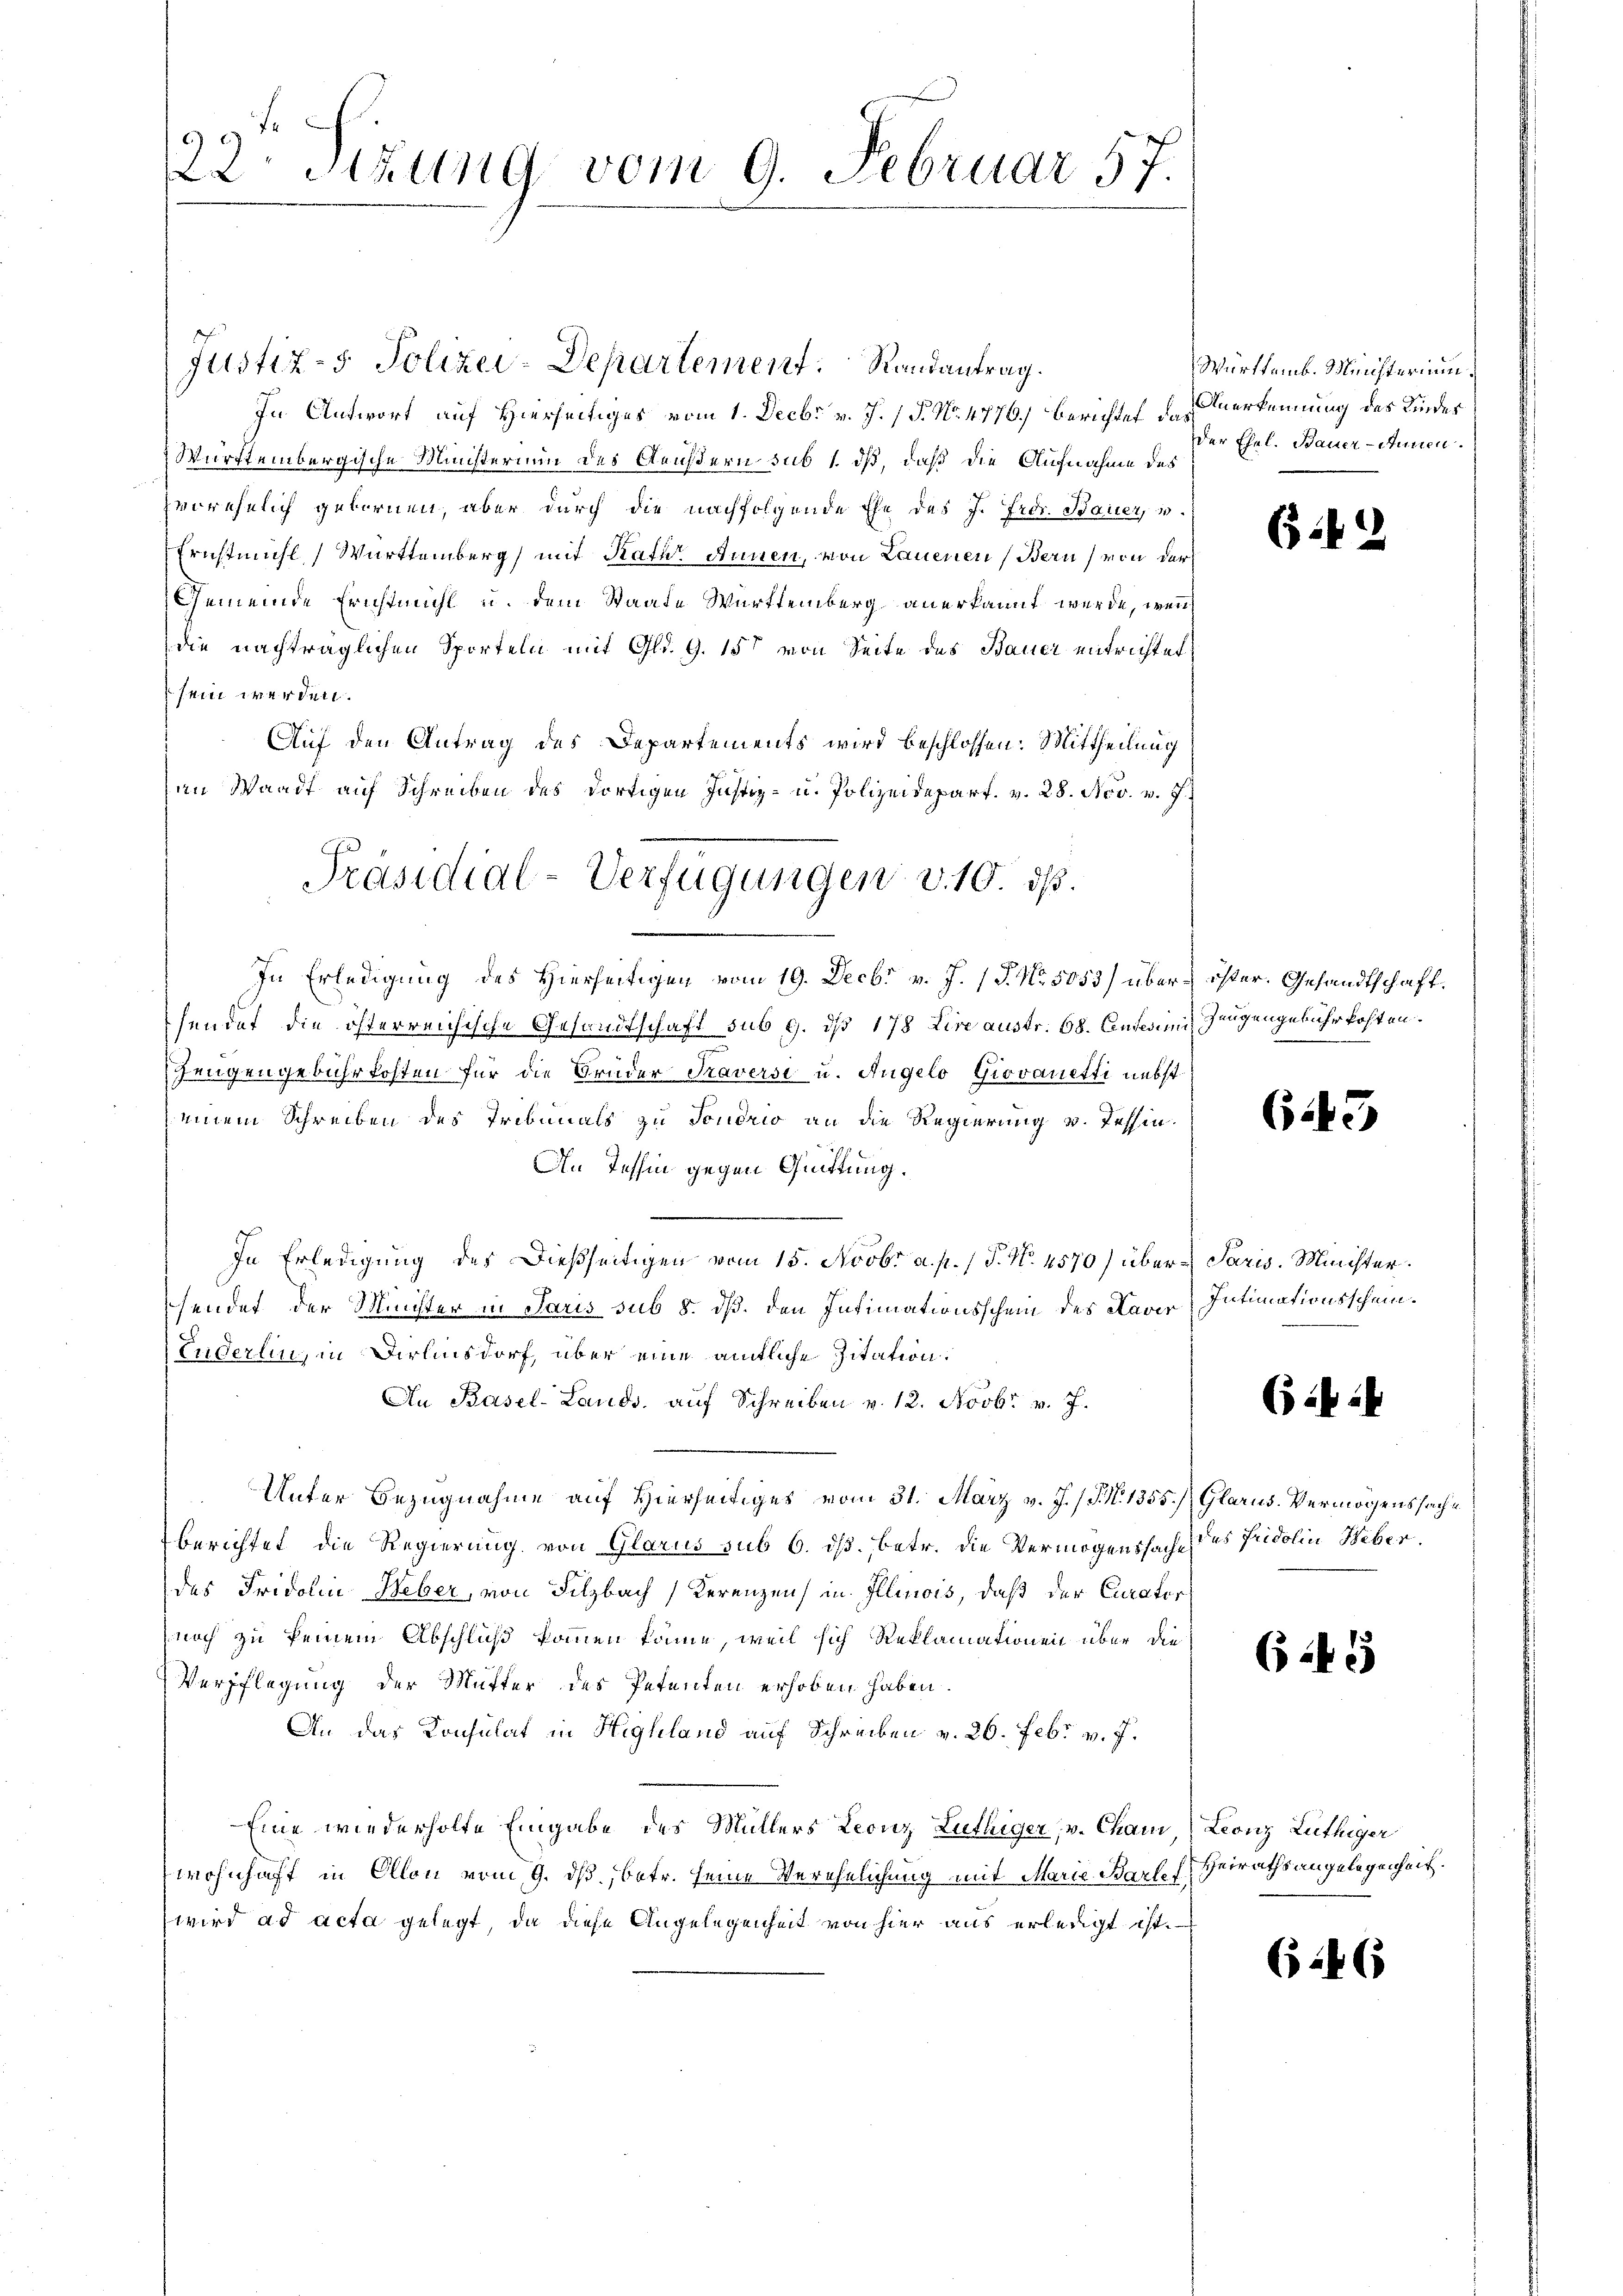
22 etzung vom 9. Februar 57.

In Antwort auf Hierseitiges vom 1. Decbr v. J. P. No. 4776.) Berichtet des erkennung des Kinder
Württembergische Ministerium des Aeußern sub 1. dß, daß die Aufnahme des
vorehelich gebornen, aber durch die nachfolgende Ehe des J. Frdr. Bauer, u.
Ernstmühl, Württemberg mit Rath Annen, von Lauenen (Bern von der
Gemeinde Erichtmahl u. dem Staate Württemberg anerkannt wurde, wenn
die nachträglichen Sporteln mit Gld. G. 15 von Seite des Bauer entrichtet,
sein werden.
Auf den Antrag des Departements wird beschlossen: Mittheilung
an Waadt auf Schreiben des dortigen Justiz- u. Polizeidepart. v. 28. Nov. v. J.
In Erledigung des Hierseitigen vom 19. Decbr v. J. (T. No. 5053) über öster. Gesandtschaft.
sendet die österreichische Gesandtschaft sub 9. dß 178 Lire austr. 68. Enterium Zeugengebühr kosten.
zengengebührkosten für die Brüder Traverst u. Angelo Giovanetti nebst
einem Schreiben des Tribunals zu Fondrio an die Regierung v. Tessin.
An Tessin gegen Quittung.
In Erledigung des dießseitigen vom 15. Novbr. a. p. 1 P. Nr. 4570) über Paris. Minister.
sendet der Minister in Paris sub 8. dß. den Intimationsschein des Naver Intimationsschein.
Luderlin, in Dirensdorf, über eine amtliche Zitation:
An Basel-Lands, auf Schreiben v. 12. Novbr. v. J.
Unter Bezugnahme auf Hierseitiges vom 31. März v. J. J. N. 1355.) Glarus. Vermögenssache
berichtet, die Regierung von Glarus sub 6. ds., betr. die Vermögenssache des Pridolin Weber.
des Fridolin Heber, von Silzbach Kerenzen in Illinois, daß der Curator
noch zu keinem Abschluß kommen könne, weil sich Reklamationen über die
Verpflegung der Mutter des Petenten erhoben haben.
An das Konsulat in Highland auf Schreiben v. 26. Febr. v. 7.
Eine wiederholte Eingabe des Müllers Leonz Luthiger, v. Chan, Leonz Lüthiger
wohnhaft in Ollon vom 9. ds. betr. seine Verehelichung mit Marie Bartef
wird ad acta gelegt, da diese Angelegenheit von hier aus erledigt ist.

Präsidial-Verfügungen v. 10. ds.

Justiz- & Polizei-Departement. Randantrag.

Württemb. Ministerium.
der Ehel. Bauer-Stunden.

62

643

(i 1

645

Heiraths angelegenheit.

246